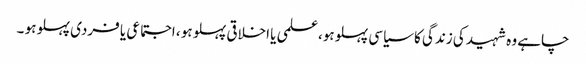
چاہے وہ شہید کی زندگی کا سیاسی پہلو ہو،علمی یا اخلاقی پہلو ہو ، اجتماعی یا فردی پہلو ہو ۔